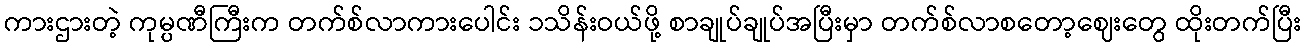
ကားဌားတဲ့ ကုမ္ပဏီကြီးက တက်စ်လာကားပေါင်း ၁သိန်းဝယ်ဖို့ စာချုပ်ချုပ်အပြီးမှာ တက်စ်လာစတော့ဈေးတွေ ထိုးတက်ပြီး